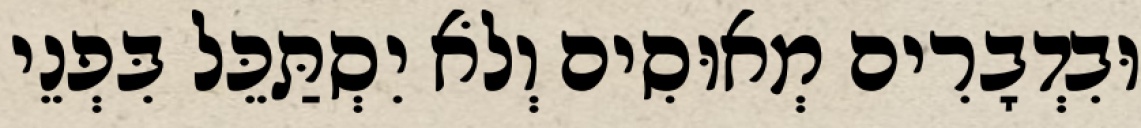
וּבִדְבָרִים מְאוּסִים וְלֹא יִסְתַּכֵּל בִּפְנֵי